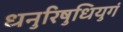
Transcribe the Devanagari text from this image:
धनुरिषुधियुगं